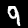
Label: 9